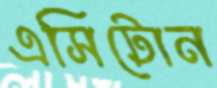
এসিটোন